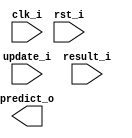
module branch_predictor
(
    clk_i, 
    rst_i,

    update_i,
	result_i,
	predict_o
);
input clk_i, rst_i, update_i, result_i;
output predict_o;

// TODO

endmodule